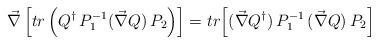
LaTeX: \begin{align*}\vec{\nabla}\,\Bigl[tr \left(Q^{\dagger}\, P_{1}^{-1}(\vec{\nabla} Q) \, P_{2}\right) \Bigr] =tr \Bigl[(\vec{\nabla} Q^{\dagger})\,P_{1}^{-1}\,(\vec{\nabla} Q)\,P_{2}\Bigr] \end{align*}